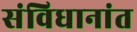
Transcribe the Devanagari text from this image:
संविधानांत